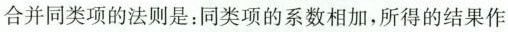
合并同类项的法则是：同类项的系数相加，所得的结果作